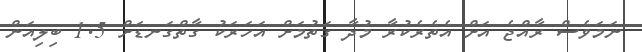
ނަމަވެސް ރާއްޖެ އަށް އެތެރެކުރާ މުދާ ގަތުމަށް އަހަރަކު ގާތްގަނޑަށް 1.5 ބިލިއަން